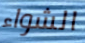
الشواء